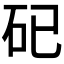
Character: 𥐦